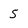
Character: 5